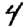
Digit: 4